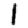
Digit: 1